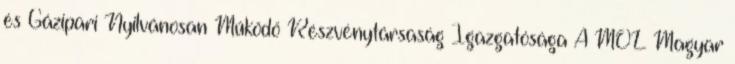
és Gázipari Nyilvánosan Működő Részvénytársaság Igazgatósága A MOL Magyar